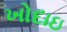
ખોદાઇ